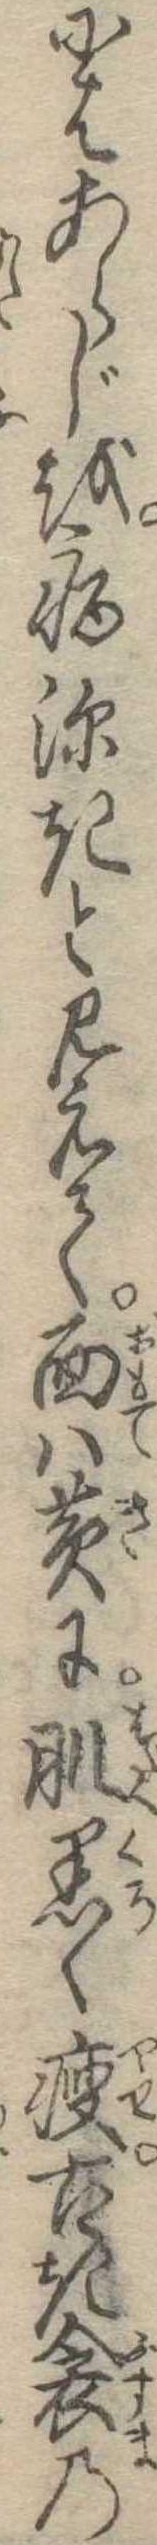
にはあらじを病深きと見えて面は黄に肌黒く痩古き衾の